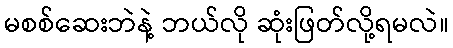
မစစ်ဆေးဘဲနဲ့ ဘယ်လို ဆုံးဖြတ်လို့ရမလဲ။